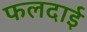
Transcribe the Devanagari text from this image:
फलदाई